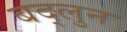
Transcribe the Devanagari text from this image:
बद्लुन